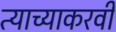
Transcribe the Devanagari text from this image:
त्याच्याकरवी